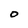
Character: o